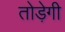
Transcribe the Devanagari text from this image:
तोड़ेगी